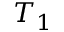
T _ { 1 }